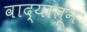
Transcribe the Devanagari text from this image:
वाद्यातून